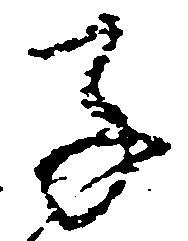
子